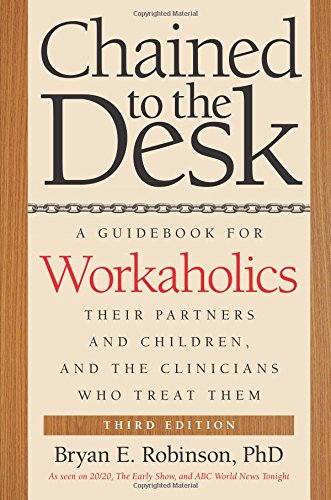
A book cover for Chained to the Desk (Third Edition): A Guidebook for Workaholics, Their Partners and Children, and the Clinicians Who Treat Them; Bryan E. Robinson; Health, Fitness & Dieting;